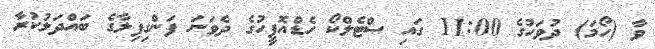
ވާ (ހޯމަ) ދުވަހުގެ 11:00 ގައި ސްޓެލްކޯ ހެޑްއޮފީހުގެ ދެވަނަ ފަންގިފިލާގެ ބައްދަލުކުރާ